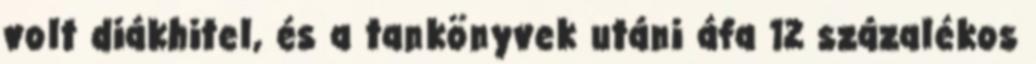
volt diákhitel, és a tankönyvek utáni áfa 12 százalékos